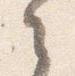
之